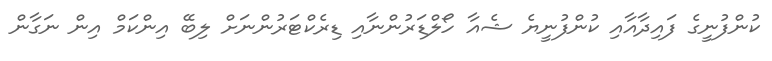
ކުންފުނީގެ ފައިދާއާއި ކުންފުނީޔެ ޝެއާ ހޯލްޑަރުންނާއި ޑިރެކްޓަރުންނަށް ލިބޭ އިންކަމް އިން ނަގާން